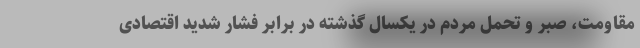
مقاومت، صبر و تحمل مردم در یکسال گذشته در برابر فشار شدید اقتصادی